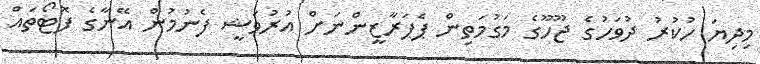
މިދިޔަ ހުކުރު ދުވަހުގެ ޖޫހޫގެ މަގުމަތިން ޕެޕަރާޒީންނަށް އުރުވަޝީ ފެނުމުން އޭނާގެ ފޮޓޯތައް